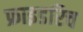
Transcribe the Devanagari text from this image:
फ्राइडरिच